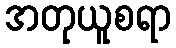
အတုယူစရာ